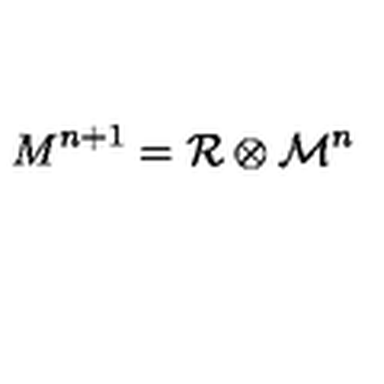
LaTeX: { M } ^ { n + 1 } = { \cal R } \otimes { \cal M } ^ { n }